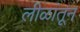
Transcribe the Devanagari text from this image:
लीळांतून